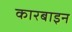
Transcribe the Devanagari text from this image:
कारबाइन